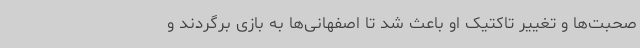
صحبت‌ها و تغییر تاکتیک او باعث شد تا اصفهانی‌ها به بازی برگردند و